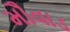
મૌવાડ